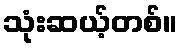
သုံးဆယ့်တစ်။